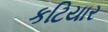
કટિયાર